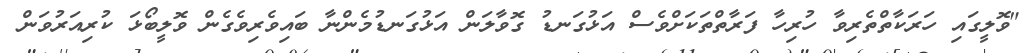
"ވޮލީގައި ހަރަކާތްތެރިވާ ހުރިހާ ފަރާތްތަކަށްވެސް އަޅުގަނޑު ގޮވާލަން އަޅުގަނޑުމެންނާ ބައިވެރިވެގެން ވޮލީބޯޅަ ކުރިއަރުވަން